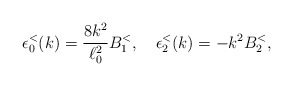
\begin{align*}\epsilon^< _0(k) = {8 k^2 \over \ell_0^2} B^<_1, \quad \epsilon^< _2(k) = - k^2 B^<_2,\end{align*}